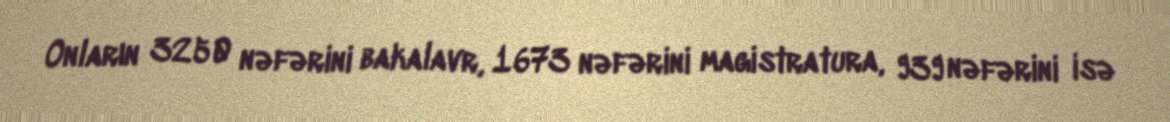
Onların 3250 nəfərini bakalavr, 1673 nəfərini magistratura, 939 nəfərini isə